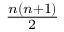
\textstyle { \frac { n ( n + 1 ) } { 2 } }